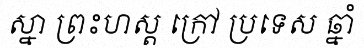
ស្នា ព្រះហស្ត ក្រៅ ប្រទេស ឆ្នាំ